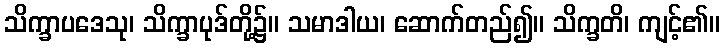
သိက္ခာပဒေသု၊ သိက္ခာပုဒ်တို့၌။ သမာဒါယ၊ ဆောက်တည်၍။ သိက္ခတိ၊ ကျင့်၏။